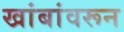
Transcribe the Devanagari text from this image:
खांबांवरून